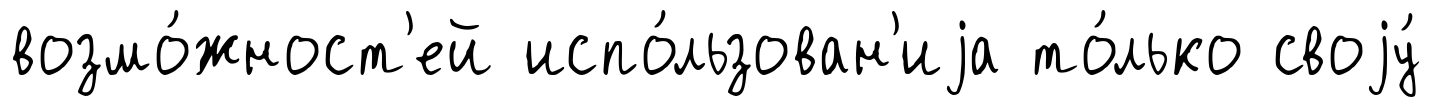
возмо́жност'ей испо́льзован'иjа то́лько своjу́